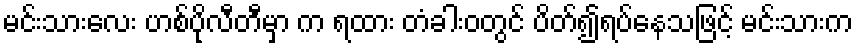
မင်းသားလေး ဟစ်ပိုလီတီမှာ က ရထား တံခါးဝတွင် ပိတ်၍ရပ်နေသဖြင့် မင်းသားက